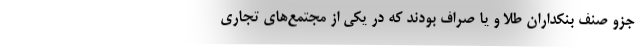
جزو صنف بنکداران طلا و یا صراف بودند که در یکی از مجتمع‌های تجاری